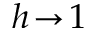
h \! \to \! 1